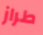
طراز